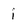
Character: i